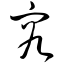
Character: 究